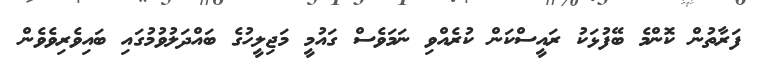
ފަރާތުން ކޮންމެ ބޭފުޅަކު ރައީސްކަން ކުރެއްވި ނަމަވެސް ގައުމީ މަޖިލީހުގެ ބައްދަލުވުމުގައި ބައިވެރިވެވެން